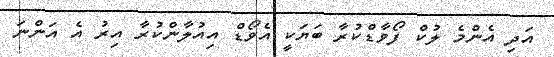
އަދި އެންމެ ލުކް ފޯވާޑްކުރާ ބަޔަކީ އެވޯޑް އިއުލާންކުރާ އިރު އެ އަންނަ